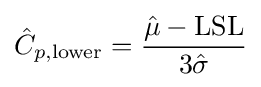
{\hat {C}}_{p,{\text{lower}}}={{\hat {\mu }}-{\text{LSL}} \over 3{\hat {\sigma }}}